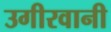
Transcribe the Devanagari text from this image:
उगीरवानी